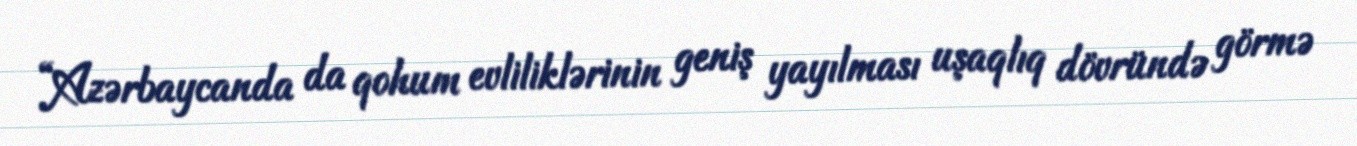
“Azərbaycanda da qohum evliliklərinin geniş yayılması uşaqlıq dövründə görmə